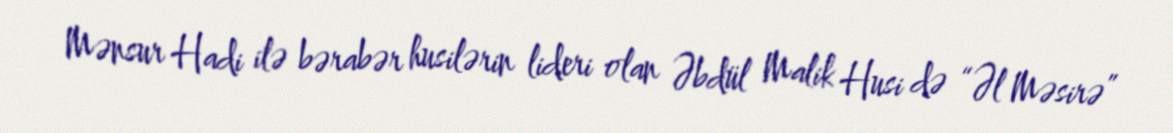
Mənsur Hadi ilə bərabər husilərin lideri olan Əbdül Malik Husi də “Əl Məsirə”